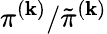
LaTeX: \pi^{(\mathbf{k})}/\tilde{{\pi}}^{(\mathbf{k})}